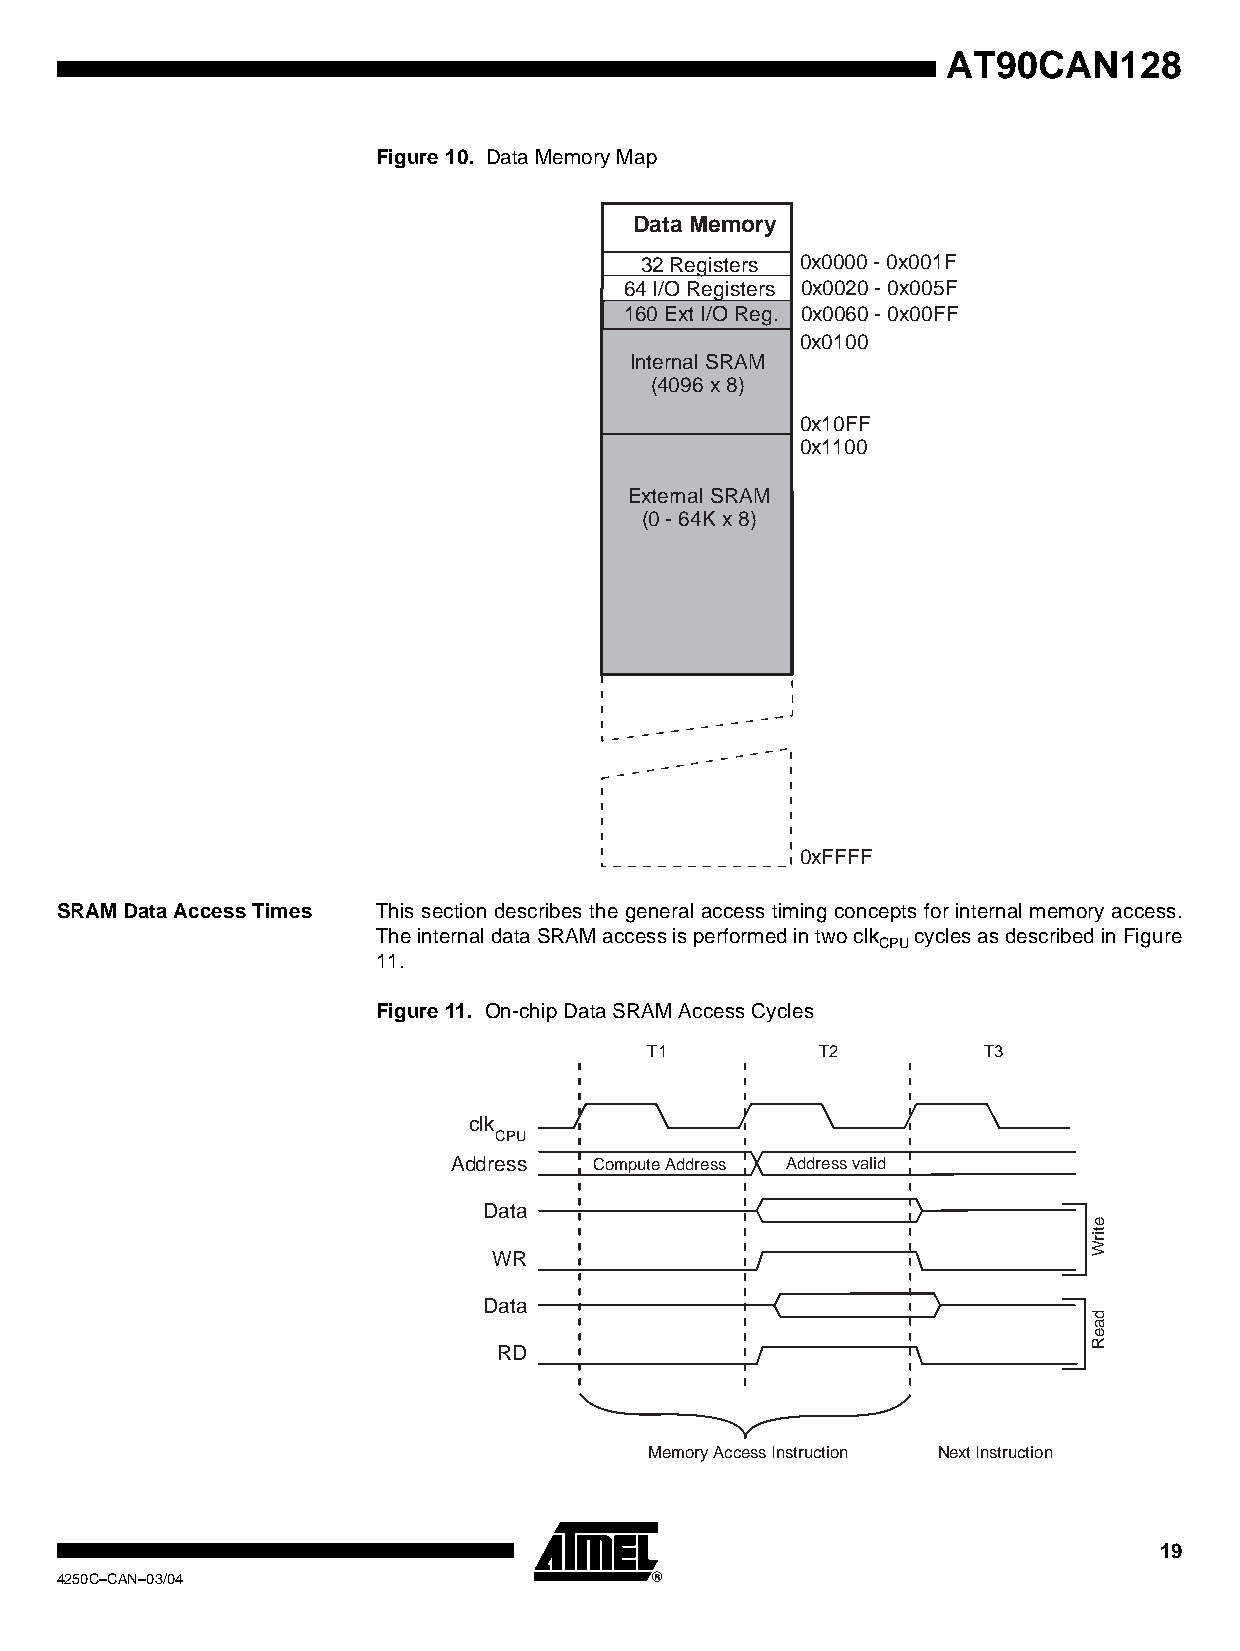
AT90CAN128
 Figure 10. Data Memory Map
 Data Memory
 32 Registers 0x0000 - 0x001F
 64 I/O Registers 0x0020 - 0x005F
 160 Ext I/O Reg. 0x0060 - 0x00FF
 0x0100
 Internal SRAM
 (4096 x 8)
 0x10FF
 0x1100
 External SRAM
 (0 - 64K x 8)
 0xFFFF
 SRAM Data Access Times This section describes the general access timing concepts for internal memory access.
 The internal data SRAM access is performed in two clk cycles as described in Figure
 CPU
 11.
 Figure 11. On-chip Data SRAM Access Cycles
 T1         T2         T3
 clk
 CPU
 Address  Compute Address Address valid
 Data
 e
 Writ
 WR
 Data
 d
 a
 e
 R
 RD
 Memory Access Instruction Next Instruction
 19
 4250C–CAN–03/04